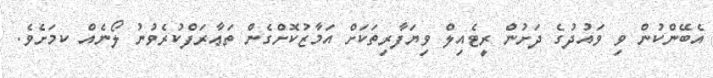
އެބޭންކުންް ވި ވައުދުގެ ދަށުން ރީޓެއިލް ވިޔަފާރިތަކަށް އަމާޒުކޮށްގެން ތަޢާރަފްކުރެވުނު ލޯނެއް ކމަށެވެ.